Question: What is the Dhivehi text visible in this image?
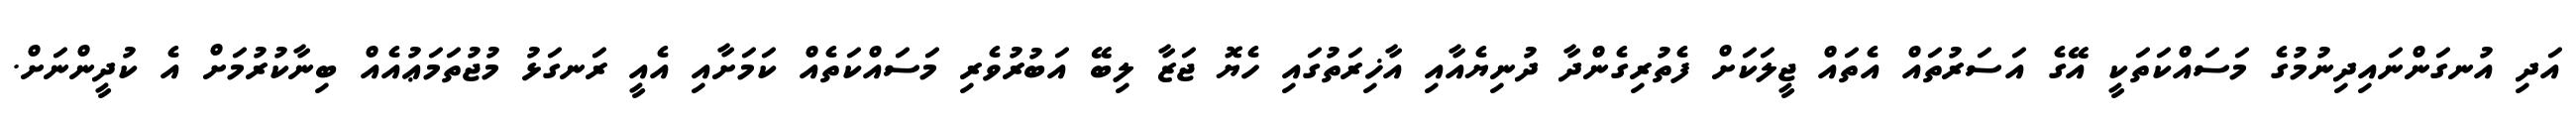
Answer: އަދި އުނގަންނައިދިނުމުގެ މަސައްކަތަކީ އޭގެ އަސަރުތައް އެތައް ޖީލަކަށް ފެތުރިގެންދާ ދުނިޔެއާއި އާޚިރަތުގައި ހެޔޮ ޖަޒާ ލިބޭ އަބުރުވެރި މަސައްކަތެއް ކަމަށާއި އެއީ ރަނގަޅު މުޖުތަމަޢުއެއް ބިނާކުރުމަށް އެ ކުދީންނަށް.